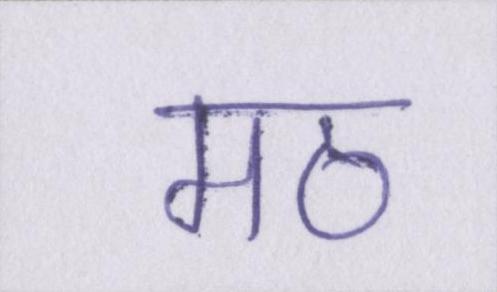
मठ